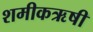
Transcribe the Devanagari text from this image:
शमीकऋषी